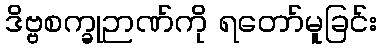
ဒိဗ္ဗစက္ခုဉာဏ်ကို ရတော်မူခြင်း